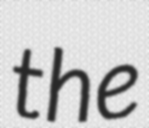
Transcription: the